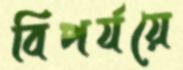
বিপর্যয়ে